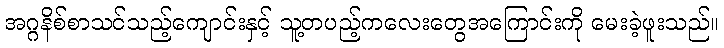
အဂ္ဂနိစ်စာသင်သည့်ကျောင်းနှင့် သူ့တပည့်ကလေးတွေအကြောင်းကို မေးခဲ့ဖူးသည်။